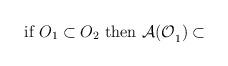
LaTeX: \begin{align*}\hbox{if }O_{1}\subset O_{2}\hbox{ then }\mathcal{A(O}_{1}\mathcal{)}\subset \end{align*}